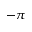
- \pi